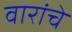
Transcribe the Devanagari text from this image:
वारांचे